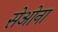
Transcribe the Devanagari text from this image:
सेओना